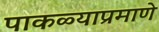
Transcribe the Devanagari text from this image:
पाकळ्याप्रमाणे